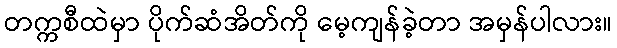
တက္ကစီထဲမှာ ပိုက်ဆံအိတ်ကို မေ့ကျန်ခဲ့တာ အမှန်ပါလား။